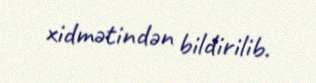
xidmətindən bildirilib.